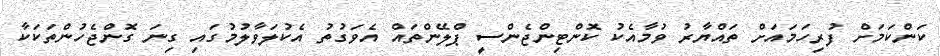
ކަންކަމަށް ފުރިހަމައަށް ތައްޔާރު ވުމާއެކު ކޮންޓިންޖެންސީ ޕްލޭންތައް އެވަގުތު އެކުލަވާލުމުގައި ގިނަ ގޮންޖެހުންތަކަކާ